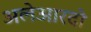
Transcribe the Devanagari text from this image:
अलेआरदो